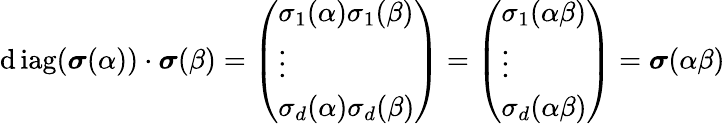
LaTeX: \operatorname{\mathrm{d}iag}(\boldsymbol{\sigma}(\alpha))\cdot\boldsymbol{\sigma}(\beta)=\left(\begin{array}{l}{\sigma_{1}(\alpha)\sigma_{1}(\beta)}\\ {\vdots}\\ {\sigma_{d}(\alpha)\sigma_{d}(\beta)}\end{array}\right)=\left(\begin{array}{l}{\sigma_{1}(\alpha\beta)}\\ {\vdots}\\ {\sigma_{d}(\alpha\beta)}\end{array}\right)=\boldsymbol{\sigma}(\alpha\beta)